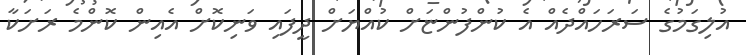
އުލިގަމުގެ ސަރަހައްދެއް އެ ކުންފުންޏަށް ކުއްޔަށް ދީފައި ވަނިކޮށް އެއިން ކޮންމެ ރަށަކާ